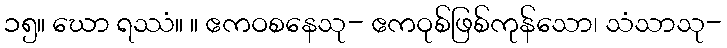
၁၅။ ဃော ရဿံ။ ။ ဧကဝစနေသု- ဧကဝုစ်ဖြစ်ကုန်သော၊ သံသာသု-